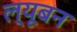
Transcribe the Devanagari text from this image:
ल्यूबन